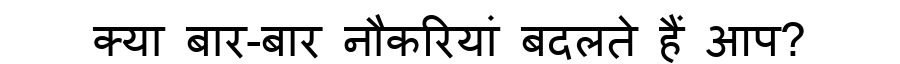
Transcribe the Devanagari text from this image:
क्या बार-बार नौकरियां बदलते हैं आप?